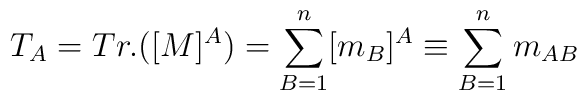
T_A = Tr.([M]^A) = \sum^n_{B=1}[m_B]^A \equiv\sum^n_{B=1} m_{AB}